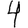
Digit: 4